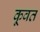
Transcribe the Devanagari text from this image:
कू़वत